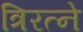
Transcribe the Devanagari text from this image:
त्रिरत्ने